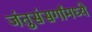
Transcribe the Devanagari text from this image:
जंतुसंसर्गांमध्ये